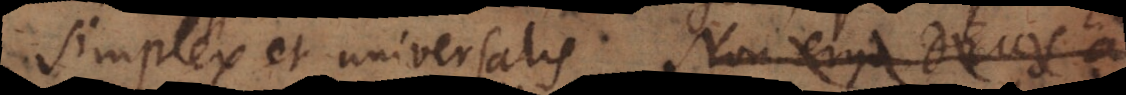
simplex et universalis. Non ergo Deu